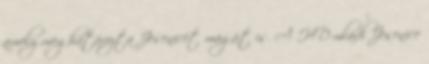
amely meghatározta Jesenicét magát is. A HD mladi Jesenice